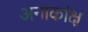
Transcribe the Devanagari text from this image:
अनाकांक्ष